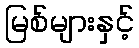
မြစ်များနှင့်